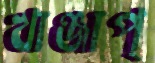
খাঞ্জাপ্